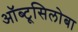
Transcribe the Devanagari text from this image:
ऑब्टूसिलोबा